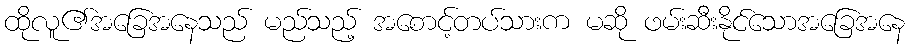
ထိုလူ၏အခြေအနေသည် မည်သည့် အစောင့်တပ်သားက မဆို ဖမ်းဆီးနိုင်သောအခြေအနေ